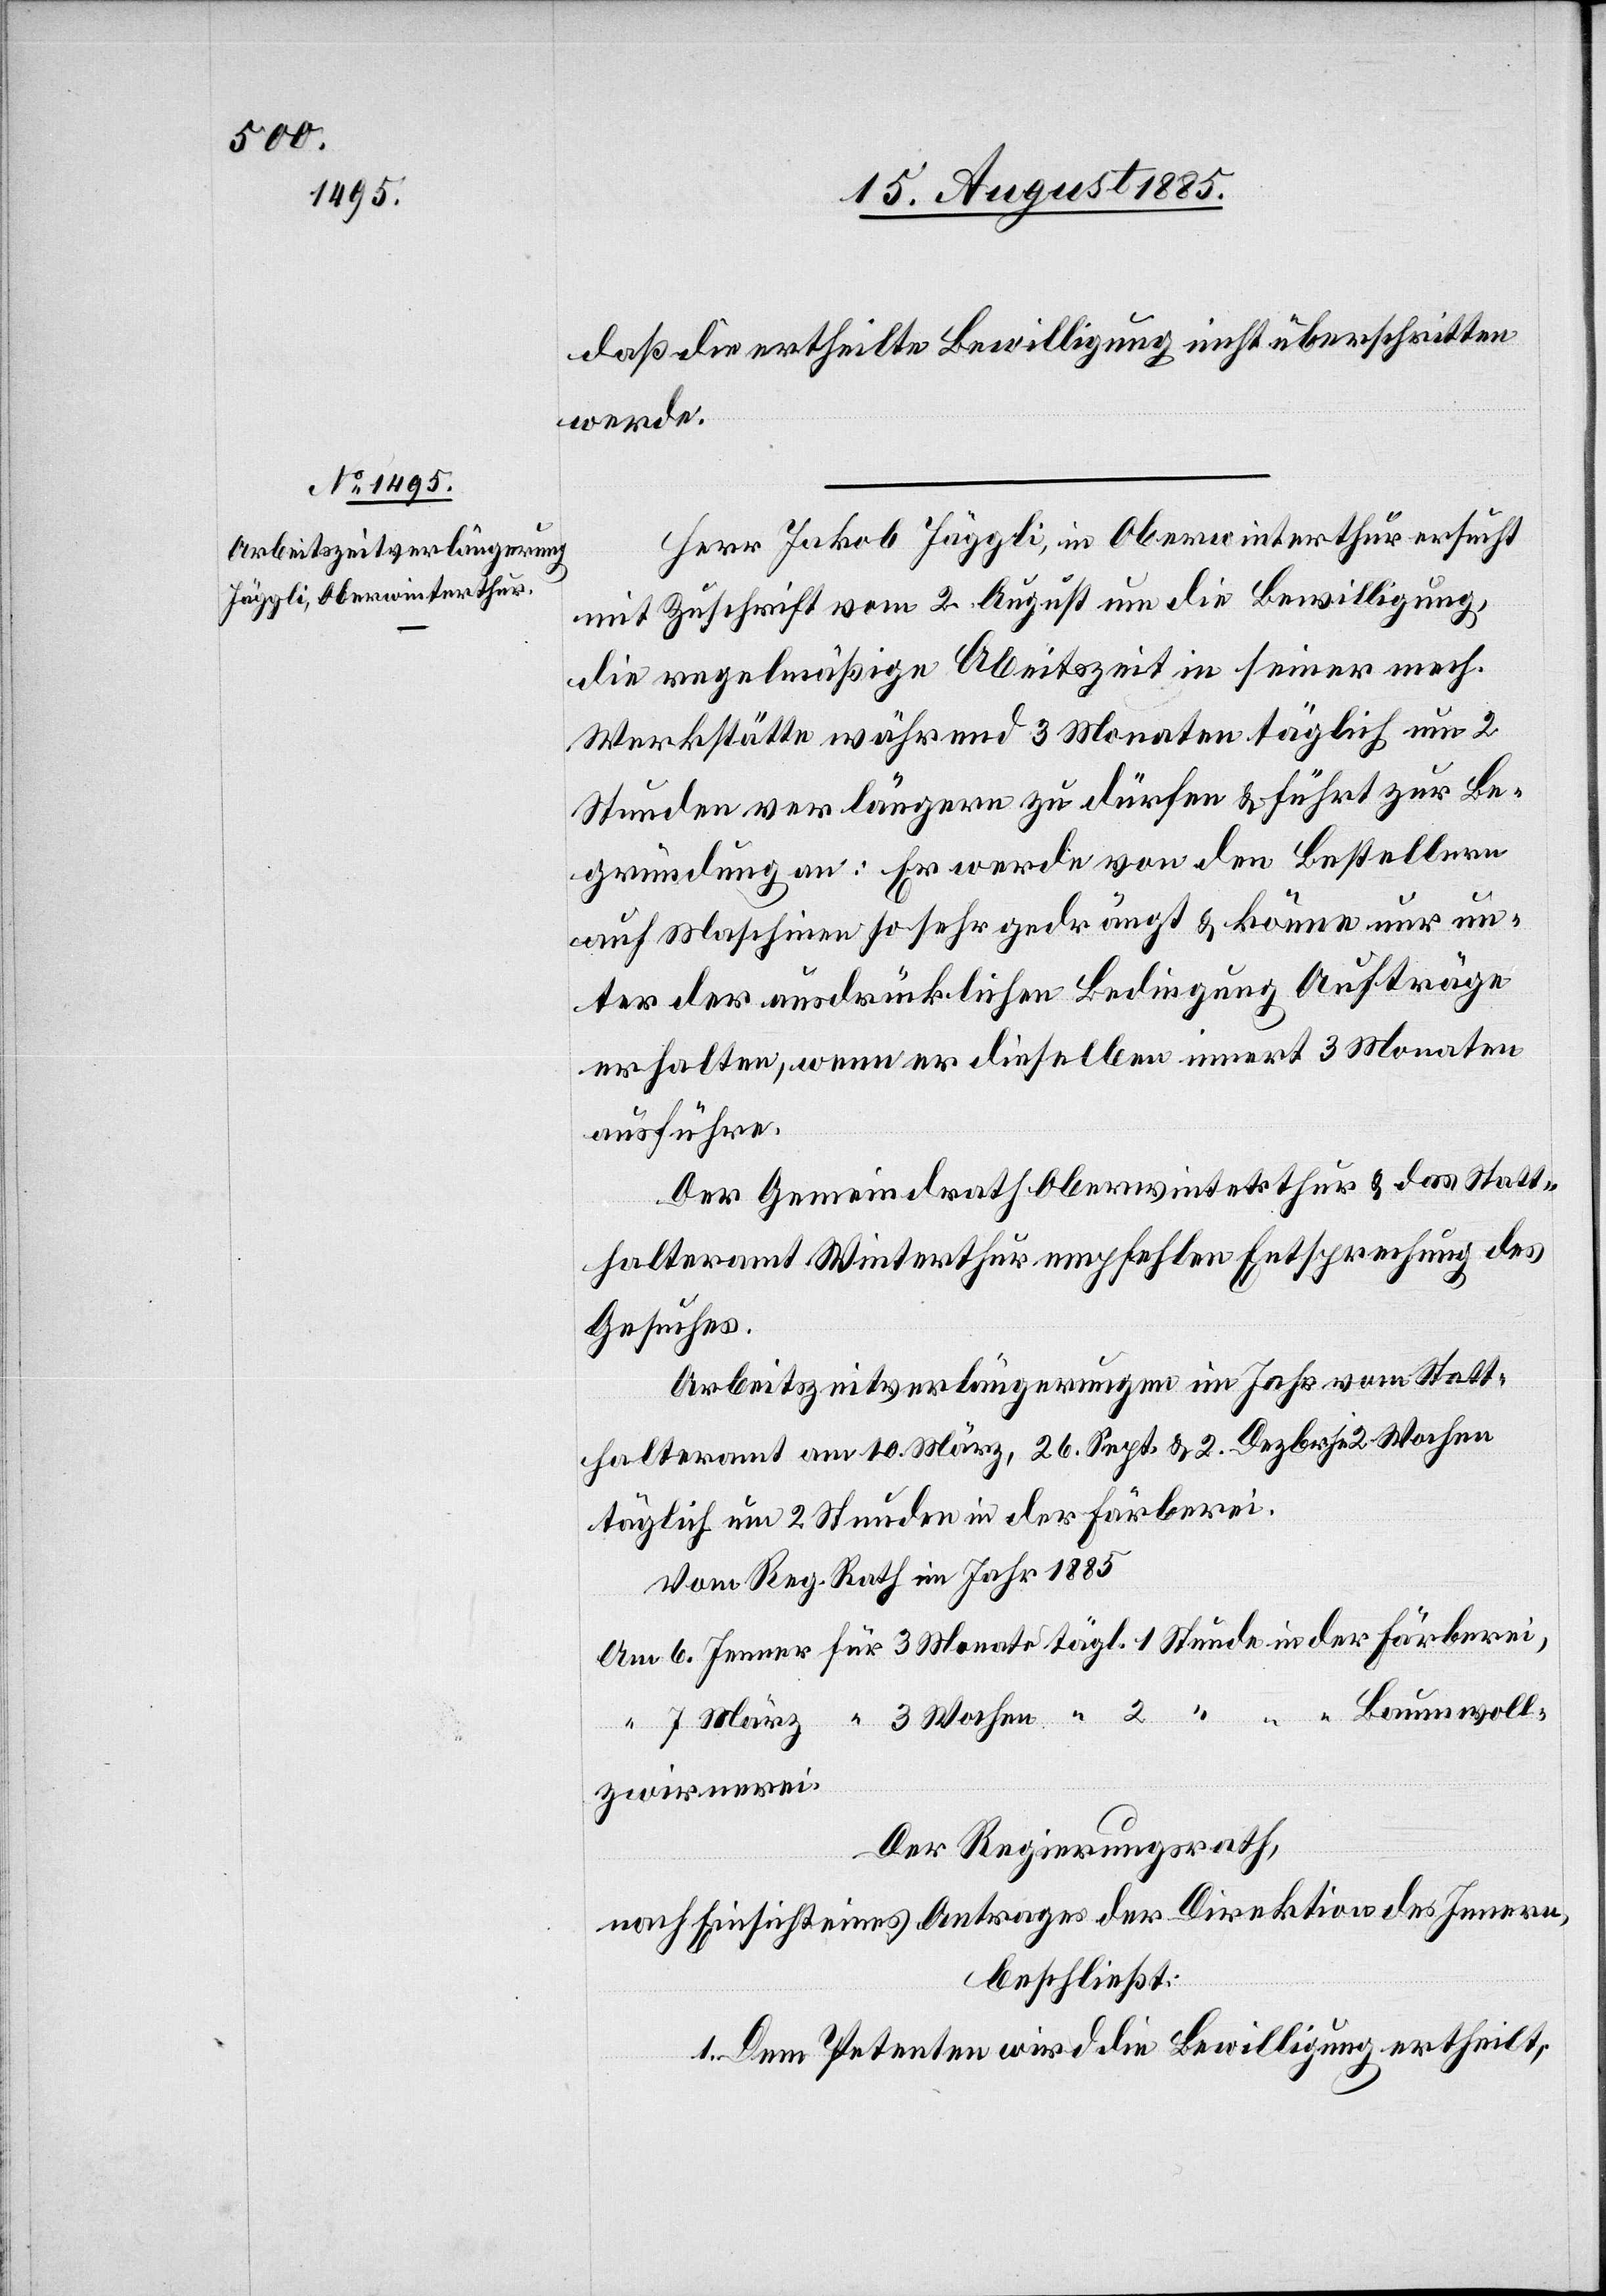
daß die ertheilte Bewilligung nicht überschritten
werde.
Herr Jakob Jäggli, in Oberwinterthur ersucht
mit Zuschrift vom 2. August um die Bewilligung,
die regelmäßige Arbeitszeit in seiner mech.
Werkstätte während 3 Monaten täglich um 2
Stunden verlängern zu dürfen & führt zur Be¬
gründung an: Er werde von den Bestellern
auf Maschinen so sehr gedrängt & könne nur un¬
ter der ausdrücklichen Bedingung Aufträge
erhalten, wenn er dieselben innert 3 Monaten
ausführe.
Der Gemeindrath Oberwinterthur & das Statt¬
halteramt Winterthur empfehlen Entsprechung des
Gesuches.
Arbeitszeitverlängerung im Jahr vom Statt¬
halteramt am 10. März, 26. Sept. & 2. Dezbr. je 2 Wochen
täglich um 2 Stunden in der Färberei.
Vom Reg. Rath im Jahr 1885
Der Regierungsrath,
nach Einsicht eines Antrages der Direktion des Innern,
beschließt:
1. Dem Petenten wird die Bewilligung ertheilt,